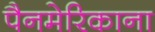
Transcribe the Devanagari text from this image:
पैनमेरिकाना